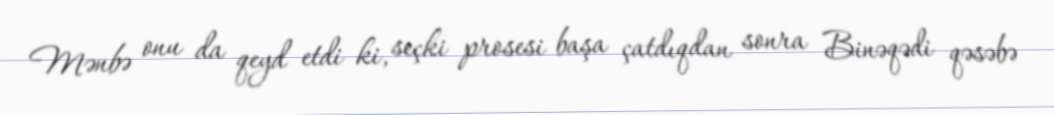
Mənbə onu da qeyd etdi ki, seçki prosesi başa çatdıqdan sonra Binəqədi qəsəbə